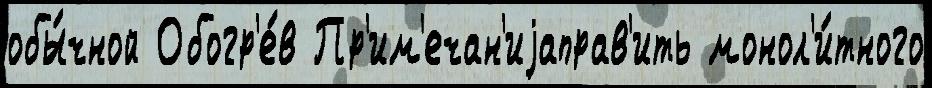
обы́чной Обогр'е́в Пр'им'ечан'иjаправ'ить монол'и́тного